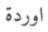
اوردة